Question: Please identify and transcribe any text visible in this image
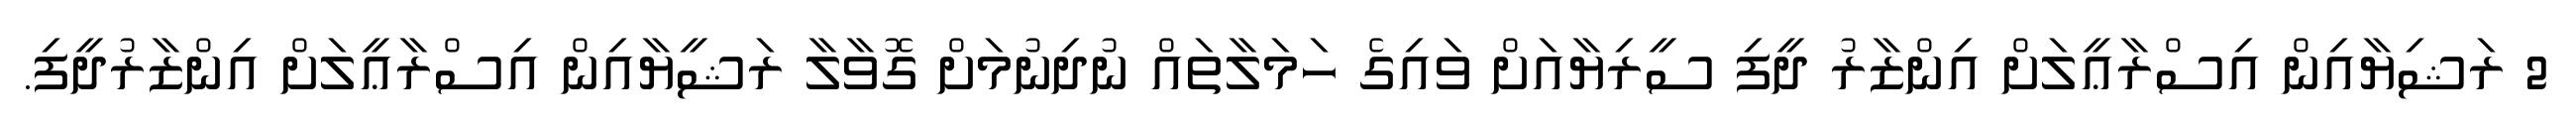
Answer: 2 ރަޝިޔާއިން އިސްރާޢީލަށް އިންޒާރު ދީފި ސީރިޔާއަށް ވައިގެ ހަމަލާތައް ނުދިނުމަށް ގޮވާލާ ރަޝީޔާއިން އިސްރާޢީލަށް އިންޒާރުދީފި.